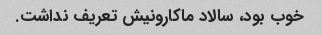
خوب بود، سالاد ماکارونیش تعریف نداشت.